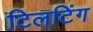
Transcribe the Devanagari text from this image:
टिलटिंग